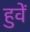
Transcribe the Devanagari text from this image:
हुवें